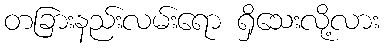
တခြားနည်းလမ်းရော ရှိသေးလို့လား